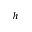
^ { h }